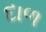
દાળ